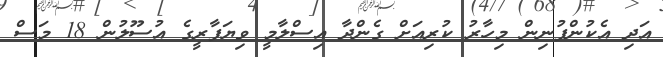
އަދި އެކުންފުނިން މިހާރު ކުރިއަށް ގެންދާ އިސްލާމީ ވިޔަފާރީގެ އުސޫލުން 18 މަސް